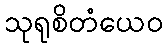
သုရုစိတံယေဝ